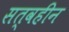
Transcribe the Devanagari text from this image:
सत्वहीन